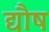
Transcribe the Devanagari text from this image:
द्यौष